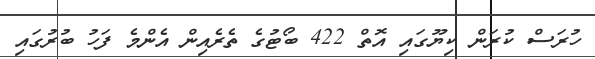
ހުރަސް ކުރަން ކިޔޫގައި އޮތް 422 ބޯޓުގެ ތެރެއިން އެންމެ ފަހު ބުރުގައި